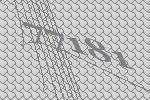
77181